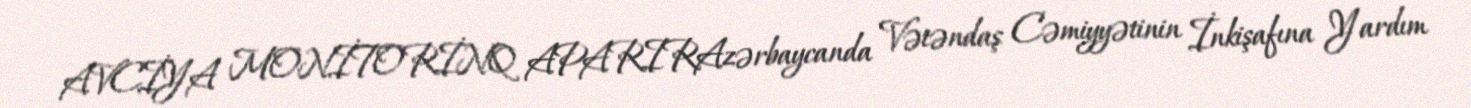
AVCİYA MONİTORİNQ APARIRAzərbaycanda Vətəndaş Cəmiyyətinin İnkişafına Yardım